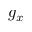
g _ { x }